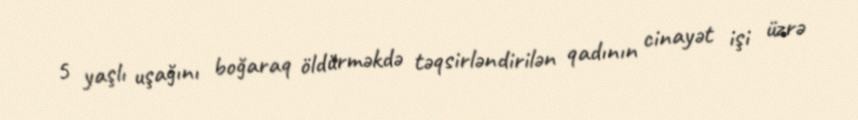
5 yaşlı uşağını boğaraq öldürməkdə təqsirləndirilən qadının cinayət işi üzrə